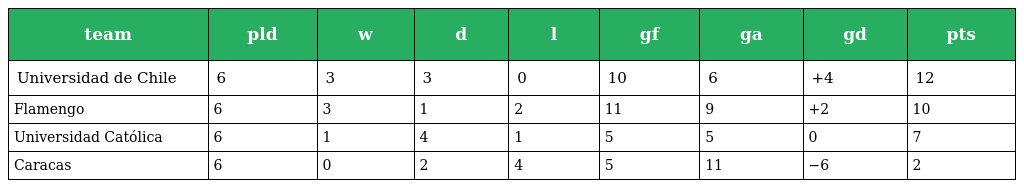
| team | pld | w | d | l | gf | ga | gd | pts |
 | --- | --- | --- | --- | --- | --- | --- | --- | --- |
 | Universidad de Chile | 6 | 3 | 3 | 0 | 10 | 6 | +4 | 12 |
 | Flamengo | 6 | 3 | 1 | 2 | 11 | 9 | +2 | 10 |
 | Universidad Católica | 6 | 1 | 4 | 1 | 5 | 5 | 0 | 7 |
 | Caracas | 6 | 0 | 2 | 4 | 5 | 11 | −6 | 2 |